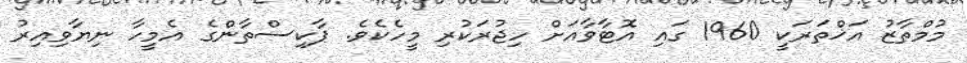
މުމްތާޒު އަޚްތަރަކީ 1960 ގައި އޮޓާވާއަށް ހިޖުރަކުރި މީހެކެވެ. ޕާކިސްތާންގެ އެމީހާ ނިޔާވިއިރު